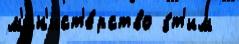
м'ин'ист'е́рство э́т'им